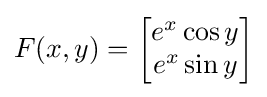
F(x,y)={\begin{bmatrix}{e^{x}\cos y}\\{e^{x}\sin y}\\\end{bmatrix}}